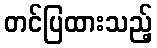
တင်ပြထားသည့်